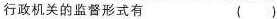
行政机关的监督形式有 ( )